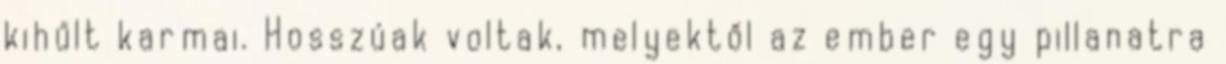
kihűlt karmai. Hosszúak voltak, melyektől az ember egy pillanatra